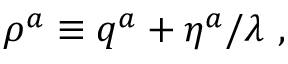
\rho ^ { a } \equiv q ^ { a } + \eta ^ { a } / \lambda ~ ,